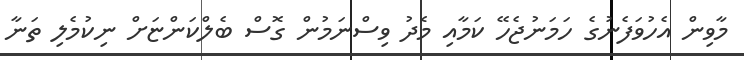
މާވިން އެހުވަފެނުގެ ހަމަނުޖެހޭ ކަމާއި މެދު ވިސްނަމުން ގޮސް ބެލްކަންޏަށް ނިކުމެލި ތަނާ